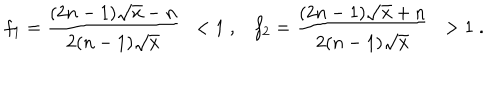
f _ { 1 } = \frac { ( 2 n - 1 ) \sqrt { x } - n } { 2 ( n - 1 ) \sqrt { x } } \; \; < 1 \; , f _ { 2 } = \frac { ( 2 n - 1 ) \sqrt { x } + n } { 2 ( n - 1 ) \sqrt { x } } \; \; > 1 \; .